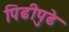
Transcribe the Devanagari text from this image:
पिढीपुढे